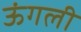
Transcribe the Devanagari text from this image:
ऊंगली